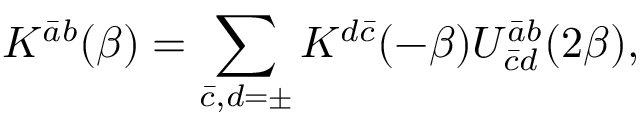
K ^ { \bar { a } b } ( \beta ) = \sum _ { \bar { c } , d = \pm } K ^ { d \bar { c } } ( - \beta ) U _ { \bar { c } d } ^ { \bar { a } b } ( 2 \beta ) ,